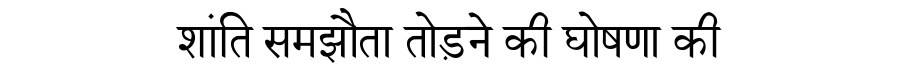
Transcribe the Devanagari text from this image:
शांति समझौता तोड़ने की घोषणा की